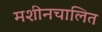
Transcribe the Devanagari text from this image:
मशीनचालित